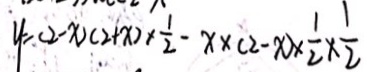
y = ( 2 - x ) ( 2 + x ) \times \frac { 1 } { 2 } - x \times ( 2 - x ) \times \frac { 1 } { 2 } \times \frac { 1 } { 2 }